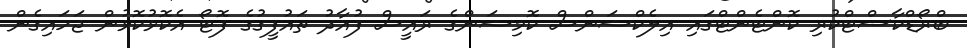
ބްރޯޑްކާސްޓްކުރި ކޮންޓެންޓްގައި އިލެކްޝަންސް ކޮމިޝަންގެ ރައީސް ފުއާދު ތައުފީގުގެ ފޮޓޯ އެކޮޅުކޮޅުން ޖަހައިގެން